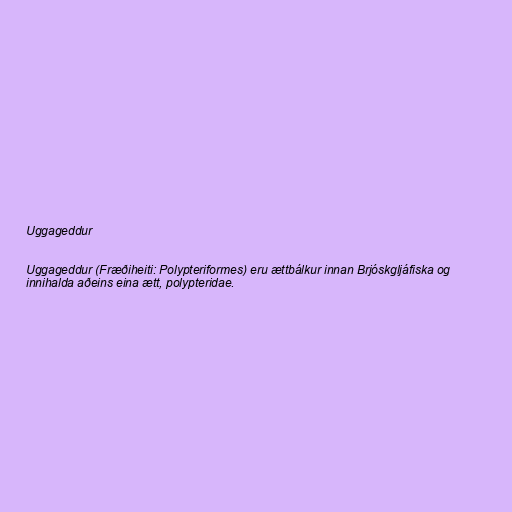
Uggageddur

Uggageddur (Fræðiheiti: Polypteriformes) eru ættbálkur innan Brjóskgljáfiska og
innihalda aðeins eina ætt, polypteridae.